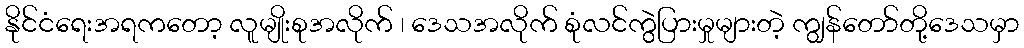
နိုင်ငံရေးအရကတော့ လူမျိုးစုအလိုက် ၊ ဒေသအလိုက် စုံလင်ကွဲပြားမှုများတဲ့ ကျွန်တော်တို့ဒေသမှာ